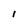
Character: l